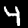
Digit: 4